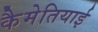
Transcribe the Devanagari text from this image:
कैमेतियाई